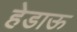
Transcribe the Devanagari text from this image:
हेडाऊ